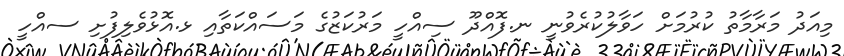
މިއަދު މަރާމާތު ކުރުމަށް ހަވާލުކުރެވުނީ ނ.ފޮއްދޫ ސިއްހީ މަރުކަޒުގެ މަސައްކަތާއި ޅ.އޮޅުވެލިފުށި ސއްހީ